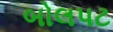
બોલપટ